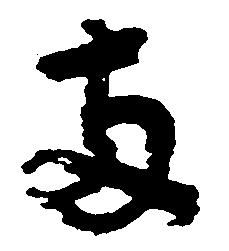
両